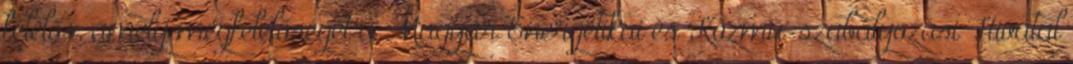
felelős, amely megfelelőségét a Magyar Energetikai és Közmű-szabályozási Hivatal